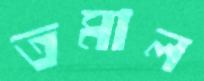
তমাল